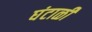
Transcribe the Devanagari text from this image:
घंटाळी